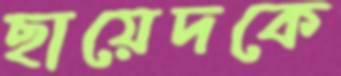
ছায়েদকে